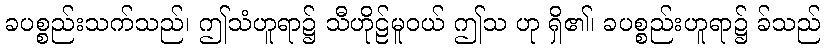
ခပစ္စည်းသက်သည်၊ ဤသံဟူရာ၌ သီဟိုဠ်မူဝယ် ဤသ ဟု ရှိ၏၊ ခပစ္စည်းဟူရာ၌ ခ်သည်